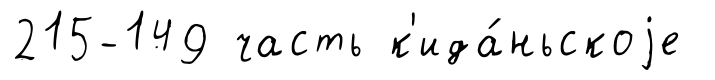
215-149 часть к'ида́ньскоjе